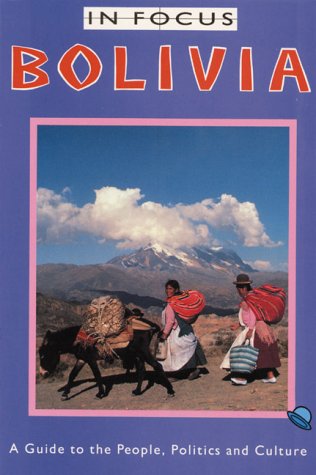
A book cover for Bolivia In Focus: A Guide to the People, Politics and Culture; Paul Van Lindert; Travel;